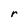
Character: r